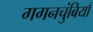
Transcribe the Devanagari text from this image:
गगनचुंबियाँ